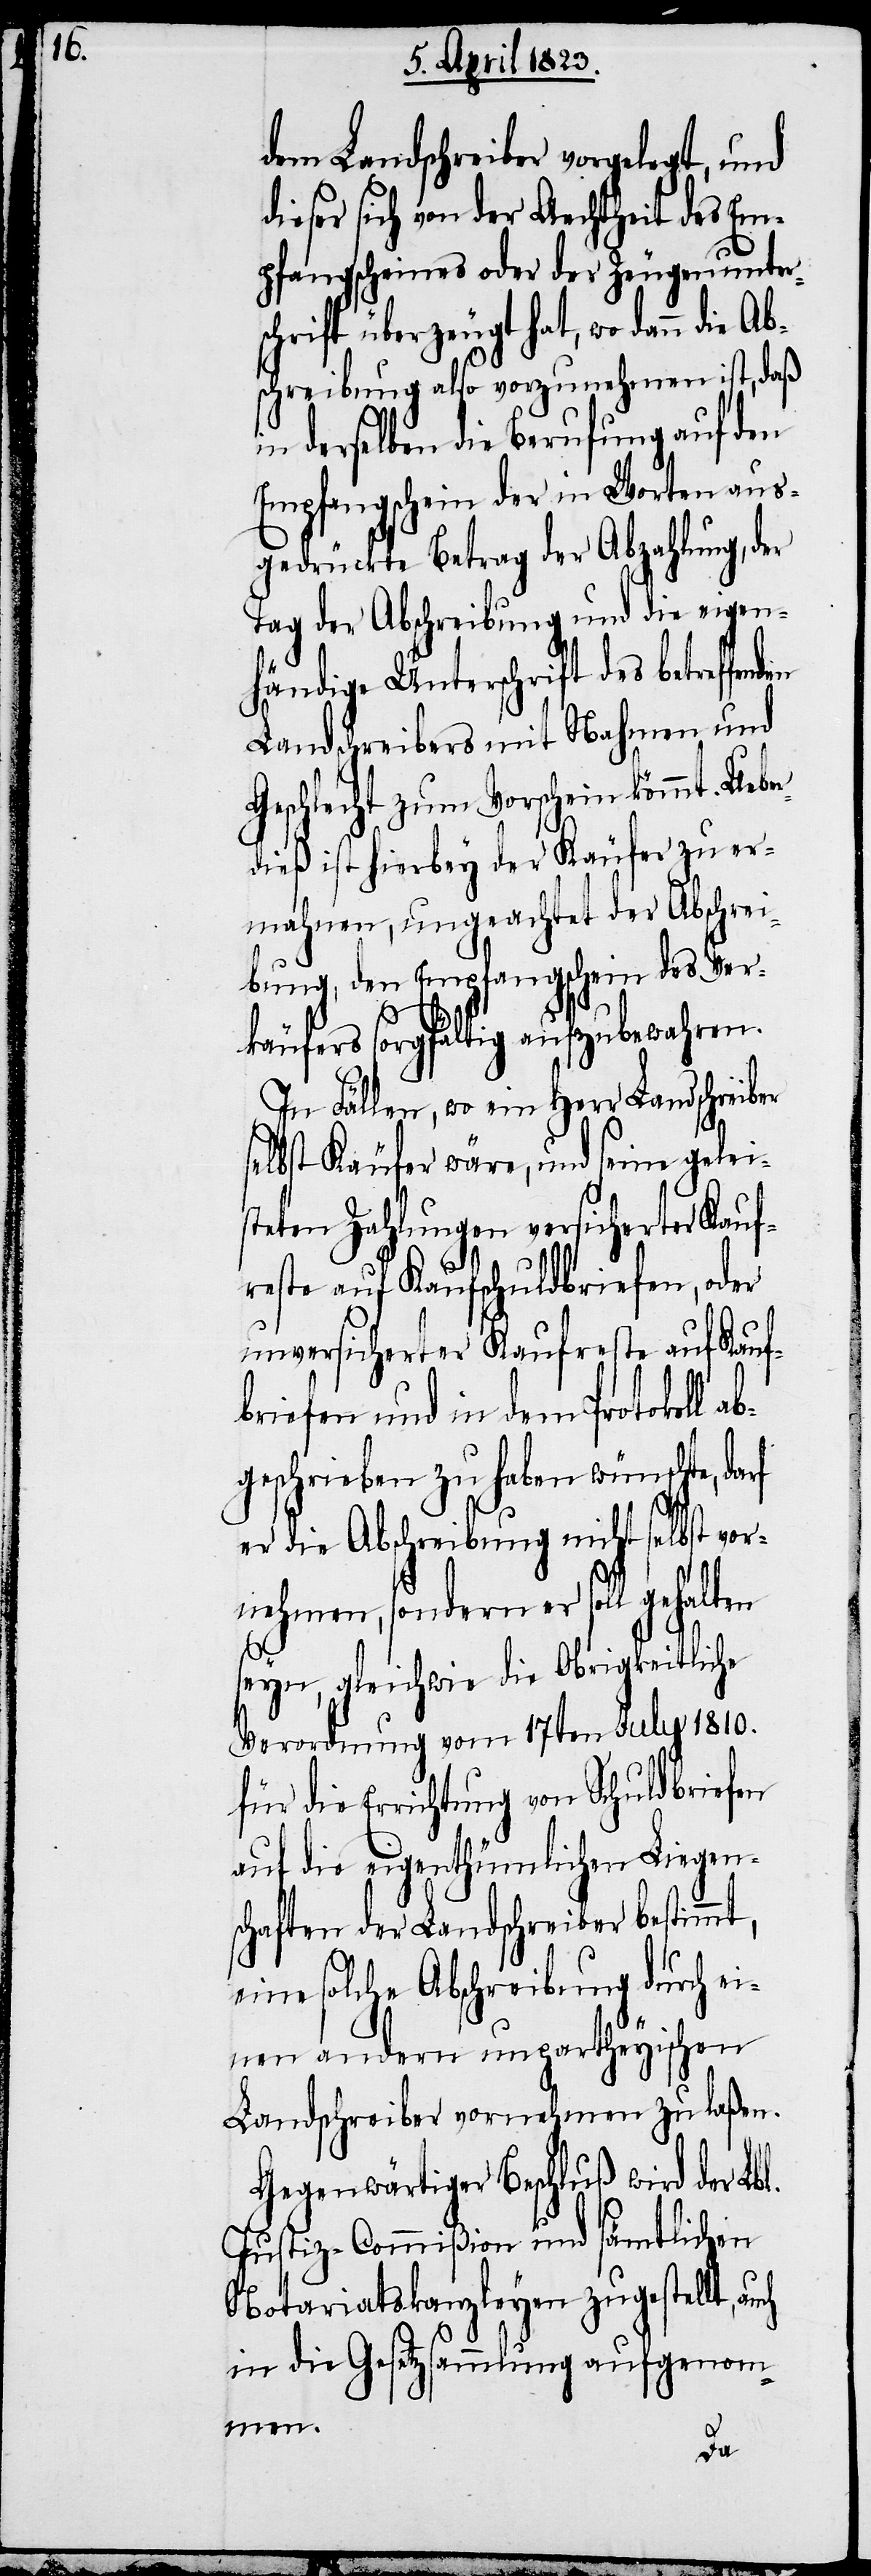
n.[“]

dem Landschreiber vorgelegt, und
dieser sich von der Aechtheit des Em¬
pfangscheines oder der Zeugenunter¬
chrift überzeugt hat, wo dann die
schreibung also vorzunehmen ist, daß
in derselben die Berufung auf den
Empfangschein[,] der in Worten aus¬
gedrückte Betrag der Abzahlung, der
Tag der Abschreibung und die eigen¬
händige Unterschrift des betreffen¬
Landschreibers mit Nahmen und
Geschlecht zum Vorschein kömmt. Uebe¬
rdieß ist hierbey der Käufer zu er¬
mahnen, ungeachtet der Abschrei¬
bung, den Empfangschein des Ver¬
käufers sorgfältig aufzubewahren.
In Fällen, wo ein Herr Landschreiber
s¬
selbst Käufer wäre, und seine gelei¬
steten Zahlungen versicherter Kauf¬
reste auf Kaufschuldbriefen, oder
unversicherter Kaufreste auf Kauf¬
briefen und in dem Protokoll a¬
bgeschrieben zu haben wünschte, darf
er die Abschreibung nicht selbst vor¬
nehmen, sondern er soll gehalten
seyn, gleichwie die Obrigkeitliche
Verordnung vom 17ten July 1810.
für die Errichtung von Schuldbriefen
auf die eigenthümlichen Liegen¬
schaften der Landschreiber bestimmt,
eine solche Abschreibung durch ei¬
nen andern unpartheyischen
Landschreiber vornehmen zu laße¬
Gegenwärtiger Beschluß wird der Lbl.
Justiz-Commißion und sämtlichen
Notariatskanzleyen zugestellt,
in die Gesetzsammlung aufgenom¬
men.
den